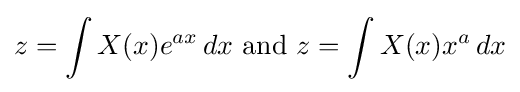
z=\int X(x)e^{ax}\,dx{\text{  and  }}z=\int X(x)x^{a}\,dx